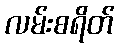
လမ်းစရိတ်